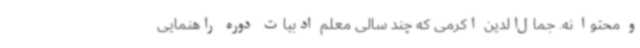
و محتوا نه. جمال‌الدین اکرمی که چند سالی معلم ادبیات دوره راهنمایی